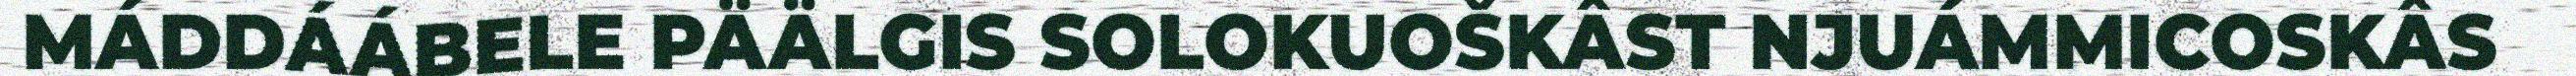
MÁDDÁÁBELE PÄÄLGIS SOLOKUOŠKÂST NJUÁMMICOSKÂS